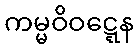
ကမ္မဝိဝဋ္ဋေန